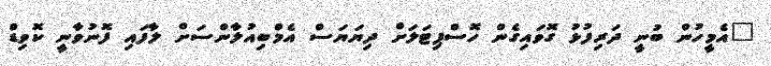
"އެމީހުން ބުނީ ދަރިފުޅު ގޮވައިގެން ހޮސްޕިޓަލަށް ދިޔަޔަސް އެމްބިއުލާންސަށް ލާފައި ފޮނުވާނީ ކޮވިޑް